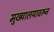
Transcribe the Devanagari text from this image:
मुख्यालयावरून